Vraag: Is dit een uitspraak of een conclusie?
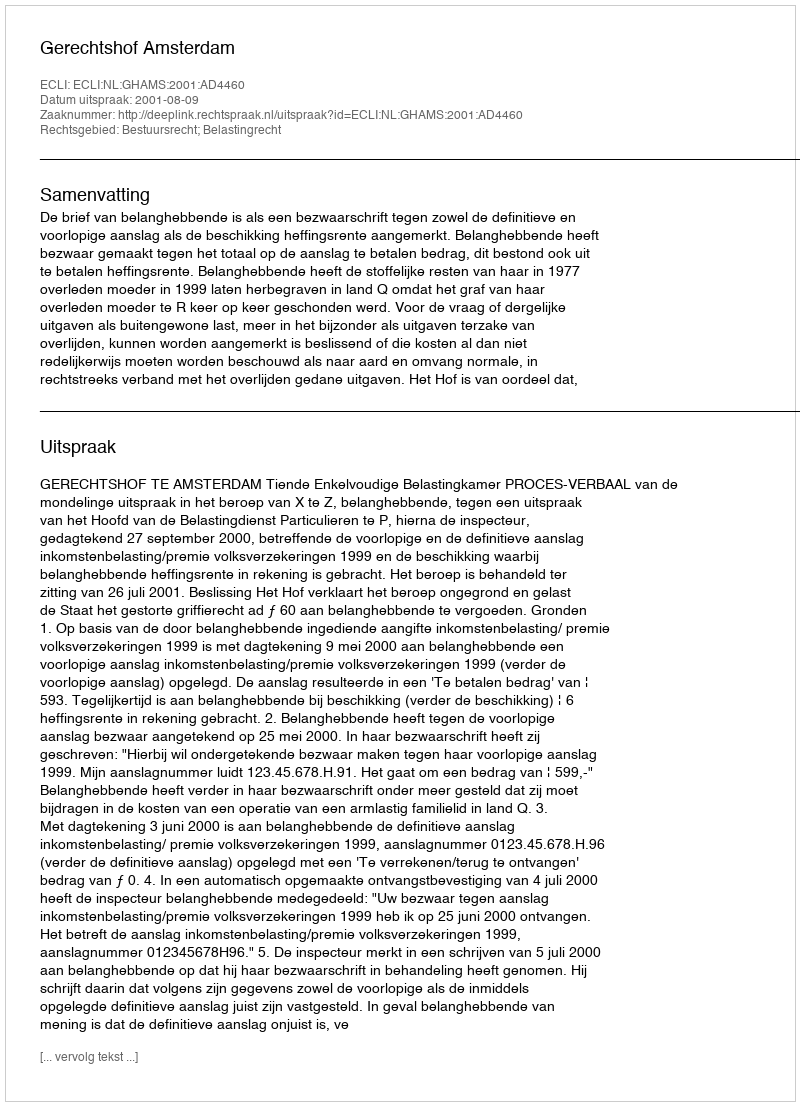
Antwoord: Uitspraak